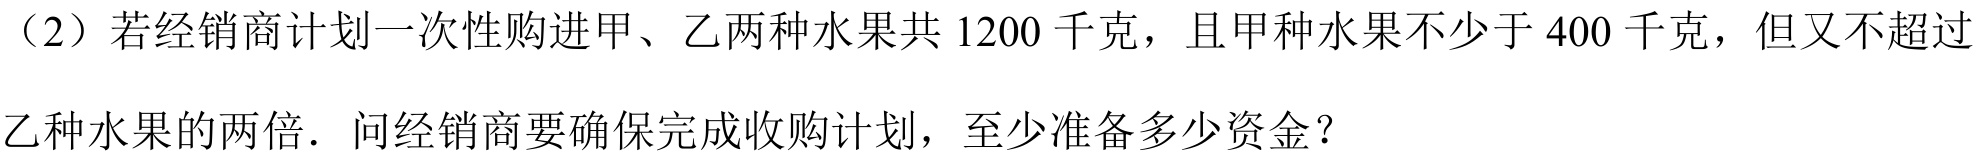
（2）若经销商计划一次性购进甲、乙两种水果共\(1200\)千克，且甲种水果不少于\(400\)千克，但又不超过
乙种水果的两倍．问经销商要确保完成收购计划，至少准备多少资金？